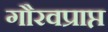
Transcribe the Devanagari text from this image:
गौरवप्राप्त